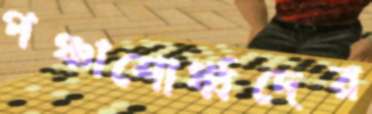
পঞ্চাশোর্ধ্বদের